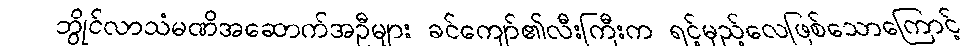
ဘွိုင်လာသံမဏိအဆောက်အဦများ ခင်ကျော်၏လီးကြီးက ရင့်မှည့်လေဖြစ်သောကြောင့်